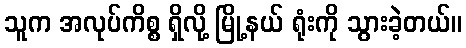
သူက အလုပ်ကိစ္စ ရှိလို့ မြို့နယ် ရုံးကို သွားခဲ့တယ်။